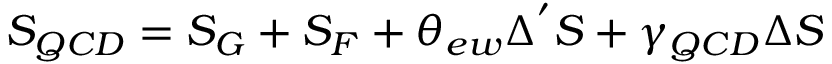
S _ { Q C D } = S _ { G } + S _ { F } + \theta _ { e w } \Delta ^ { ' } S + \gamma _ { Q C D } \Delta S